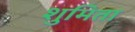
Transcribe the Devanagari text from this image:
शुमिता